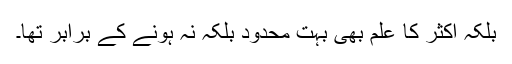
بلکہ اکثر کا علم بھی بہت محدود بلکہ نہ ہونے کے برابر تھا۔